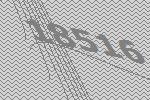
18516